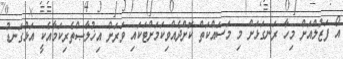
އޯ ފަޒުލްއަށް މިހާ ރަނގަޅަށް މި މަސައްކަތް ކޮށްދެއްވިކަމަށްޓަކައި ވަރަށް އިޚުލާޞްތެރިކަމާއެކީ އަޅުގަނޑު